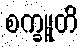
စက္ခူတိ